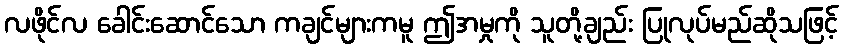
လဖိုင်လ ခေါင်းဆောင်သော ကချင်များကမူ ဤအမှုကို သူတို့ချည်း ပြုလုပ်မည်ဆိုသဖြင့်